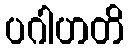
ပဂါဟတိ